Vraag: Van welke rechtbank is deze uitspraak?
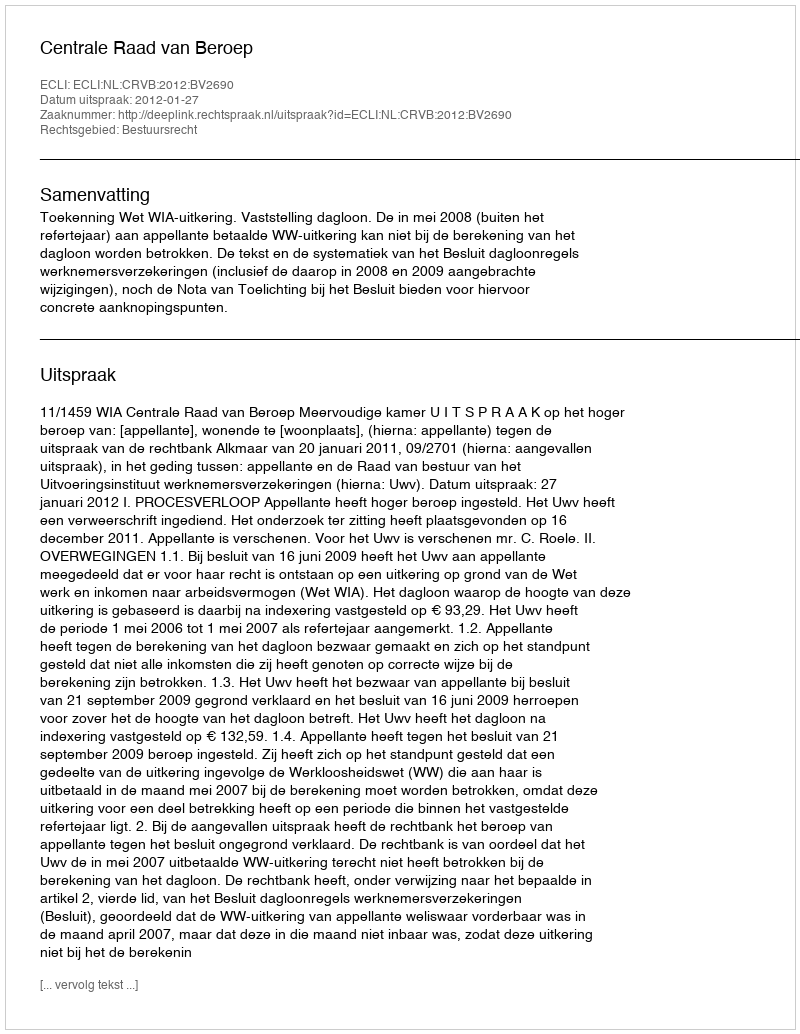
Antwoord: Centrale Raad van Beroep